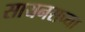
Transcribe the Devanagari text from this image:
सायनसच्या